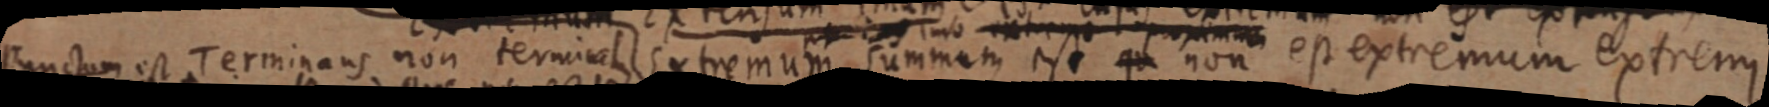
Punctum est Terminans non terminat Extremum summum est qu non est extremum extremi